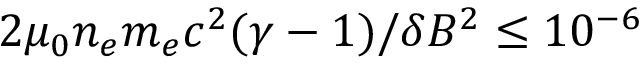
2 \mu _ { 0 } n _ { e } m _ { e } c ^ { 2 } ( \gamma - 1 ) / \delta B ^ { 2 } \leq 1 0 ^ { - 6 }